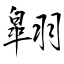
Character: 翶